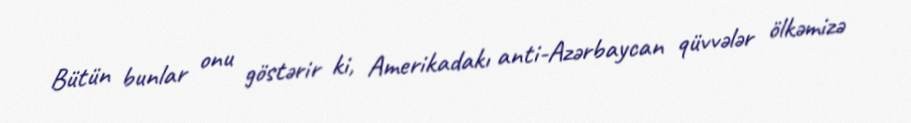
Bütün bunlar onu göstərir ki, Amerikadakı anti-Azərbaycan qüvvələr ölkəmizə